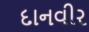
દાનવીર